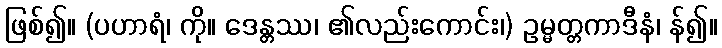
ဖြစ်၍။ (ပဟာရံ၊ ကို။ ဒေန္တဿ၊ ၏လည်းကောင်း၊) ဥမ္မတ္တကာဒီနံ၊ န်၍။